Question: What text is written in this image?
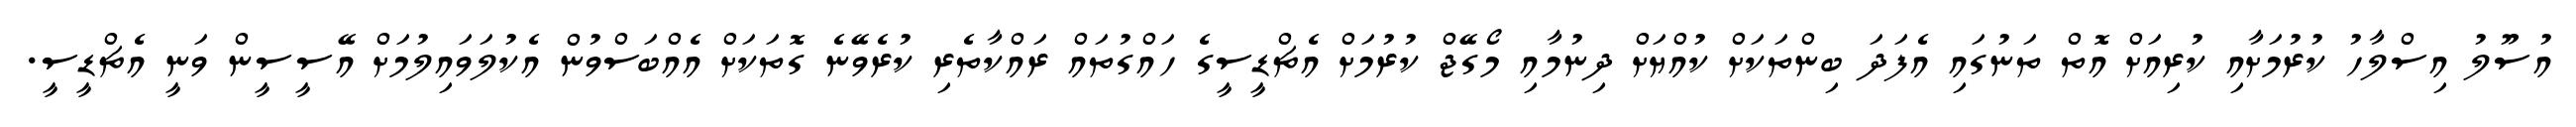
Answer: އުސޫލު އިސްލާހު ކުރުމަށާއި ކުރިއަށް އޮތް ތަނުގައި އެފަދަ ބިންތަކަށް ކުއްޔަށް ދިނުމާއި މޯގޭޖް ކުރުމަށް އެޗްޑީސީގެ ހައްގުތައް ރައްކާތެރި ކުރެވޭނެ ގޮތަކަށް އެއްބަސްވުން އެކުލަވައިލުމަށް އޭސީސީން ވަނީ އެޗްޑީސީ.